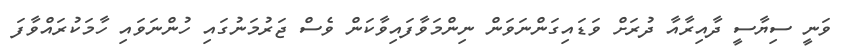
ވަނީ ސިޔާސީ ދާއިރާއާ ދުރަށް ވަޑައިގަންނަވަން ނިންމަވާފައިވާކަން ވެސް ޖަރުމަނުގައި ހުންނަވައި ހާމަކުރައްވާފަ